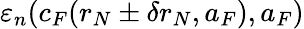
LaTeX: \varepsilon_{n}(c_{F}(r_{N}\pm\delta r_{N},a_{F}),a_{F})